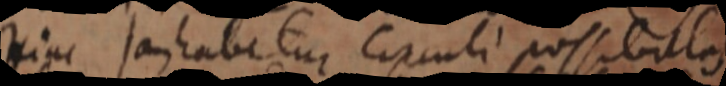
Hinc jam habetur circuli possibilas